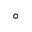
\circ